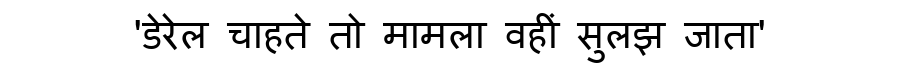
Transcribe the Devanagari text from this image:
'डेरेल चाहते तो मामला वहीं सुलझ जाता'